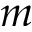
m